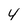
Character: 4